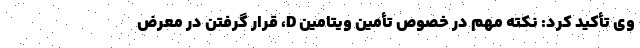
وی تأکید کرد: نکته مهم در خصوص تأمین ویتامین D، قرار گرفتن در معرض